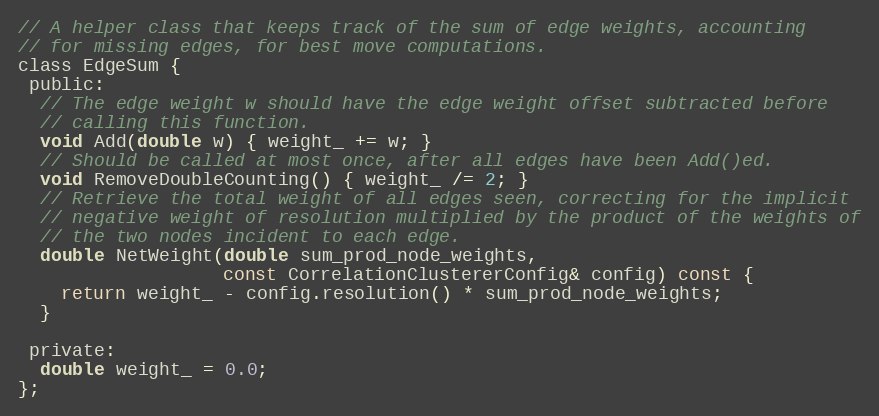
Language: C
// A helper class that keeps track of the sum of edge weights, accounting
// for missing edges, for best move computations.
class EdgeSum {
 public:
  // The edge weight w should have the edge weight offset subtracted before
  // calling this function.
  void Add(double w) { weight_ += w; }
  // Should be called at most once, after all edges have been Add()ed.
  void RemoveDoubleCounting() { weight_ /= 2; }
  // Retrieve the total weight of all edges seen, correcting for the implicit
  // negative weight of resolution multiplied by the product of the weights of
  // the two nodes incident to each edge.
  double NetWeight(double sum_prod_node_weights,
                   const CorrelationClustererConfig& config) const {
    return weight_ - config.resolution() * sum_prod_node_weights;
  }

 private:
  double weight_ = 0.0;
};